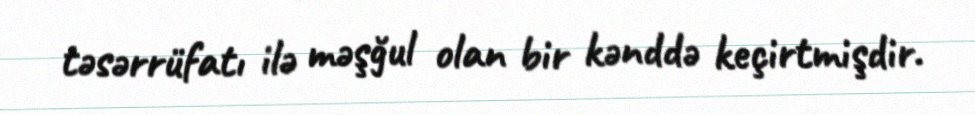
təsərrüfatı ilə məşğul olan bir kənddə keçirtmişdir.